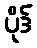
ပိုဒ်